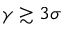
\gamma \gtrsim 3 \sigma